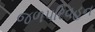
જળપરિવહન